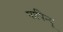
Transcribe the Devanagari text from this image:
पापिन्यू